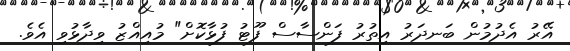
އޭރު އެދުމުން ބަނދަރު އިތުރު ފަންސާސް ފޫޓު ފުޅާކޮށް" މުއިއްޒު ވިދާޅުވި އެވެ.